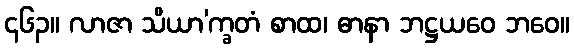
၄၆၃။ လာဇာ သိယာ’က္ခတံ စာထ၊ ဓာနာ ဘဋ္ဌယဝေ ဘဝေ။